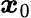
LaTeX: \boldsymbol{\mathit{x}}_{0}